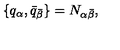
\{ q _ { \alpha } , \bar { q } _ { \bar { \beta } } \} = N _ { \alpha \bar { \beta } } ,